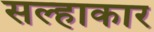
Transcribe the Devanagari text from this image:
सल्हाकार